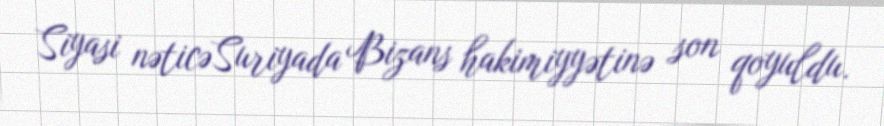
Siyasi nəticəSuriyada Bizans hakimiyyətinə son qoyuldu.